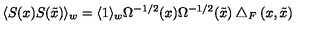
\langle S ( x ) S ( \tilde { x } ) \rangle _ { w } = \langle 1 \rangle _ { w } \Omega ^ { - 1 / 2 } ( x ) \Omega ^ { - 1 / 2 } ( \tilde { x } ) \bigtriangleup _ { F } ( x , \tilde { x } )